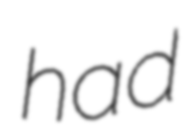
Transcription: had